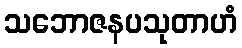
သဘောဇနပသုတာဟံ